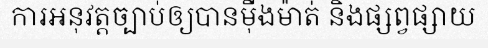
ការអនុវត្តច្បាប់ឲ្យបានម៉ឺងម៉ាត់ និងផ្សព្វផ្សាយ